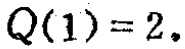
\(Q(1)=2.\)